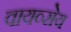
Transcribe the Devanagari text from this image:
वायव्सेय